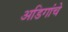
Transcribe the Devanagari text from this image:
अडिगांचे